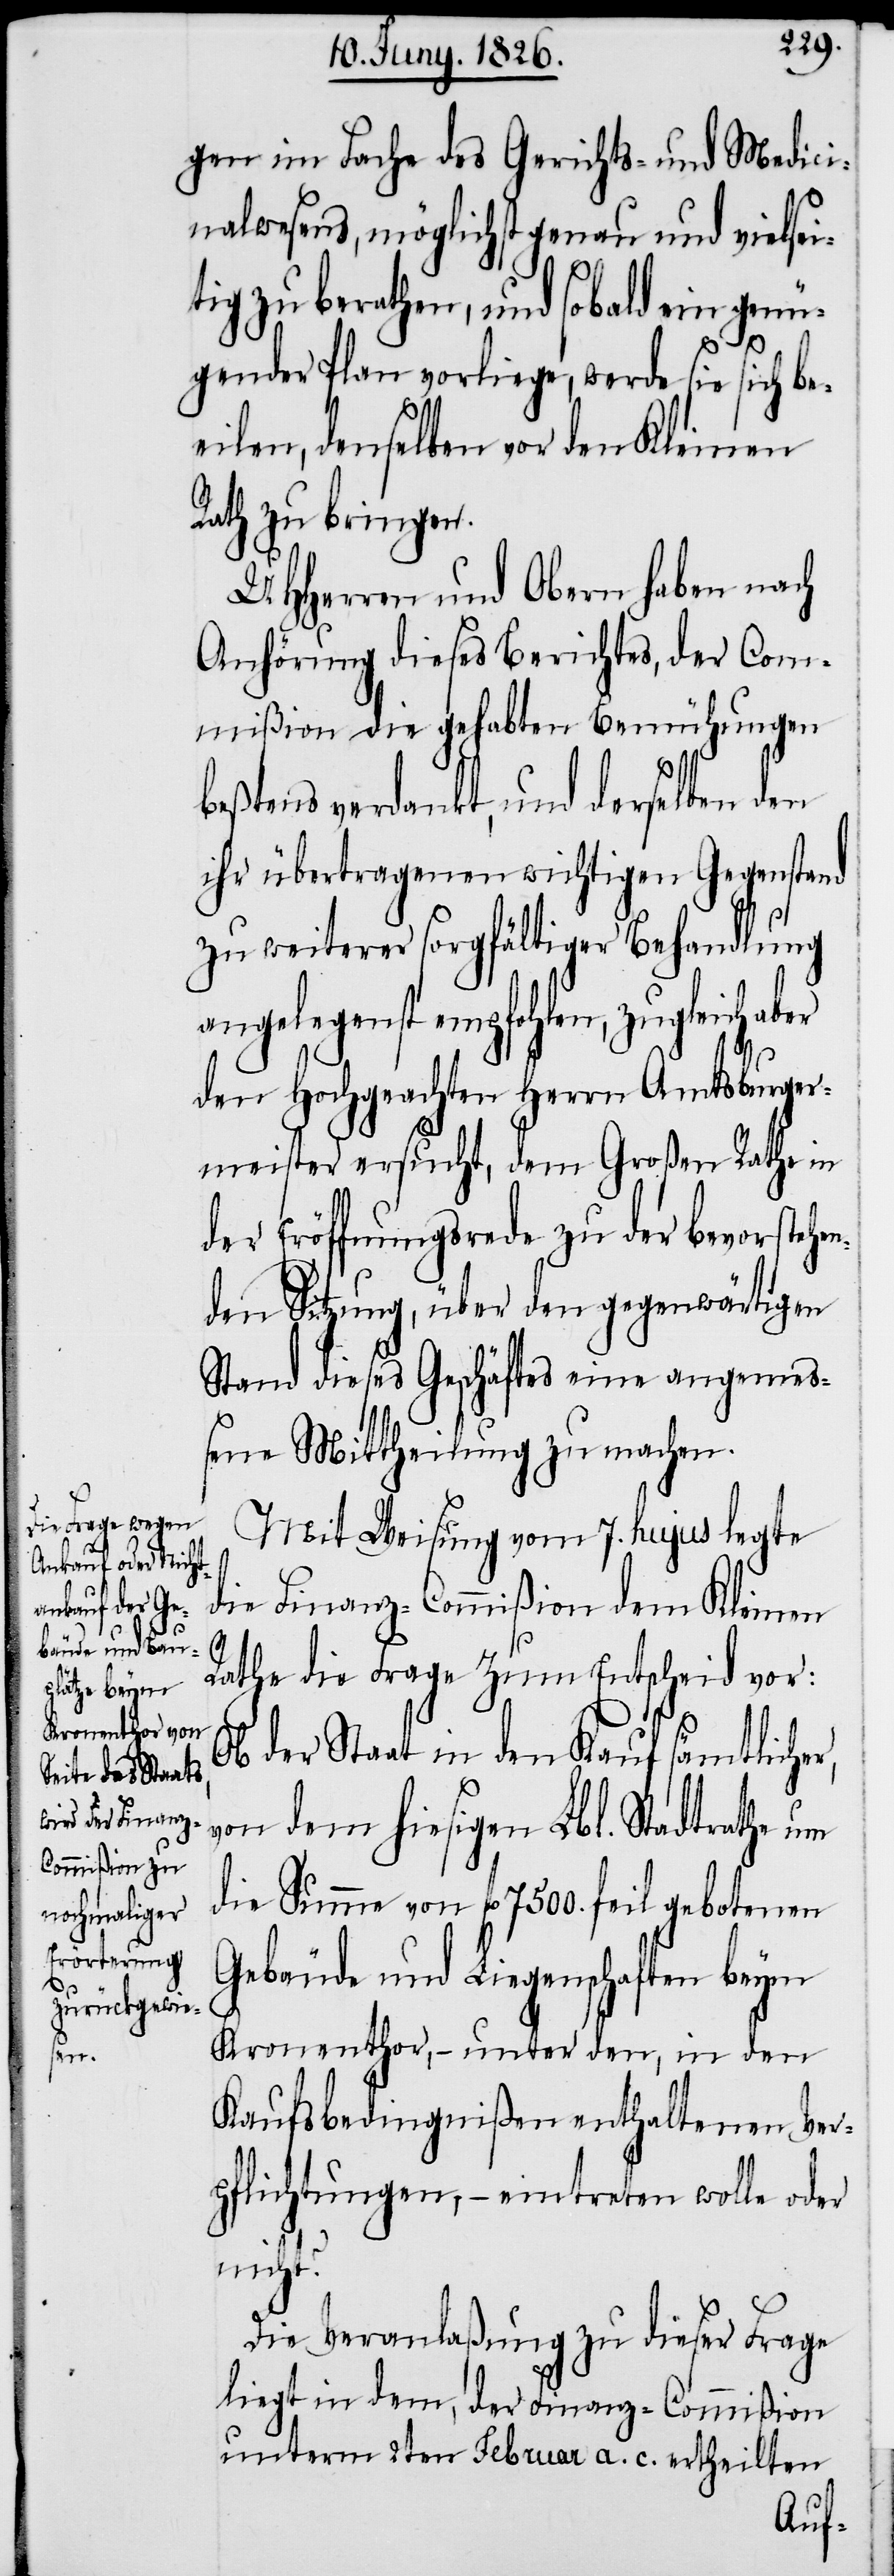
gen im Fache des Gerichts- und Medici¬
nalwesens, möglichst genau und vielsei¬
tig zu berathen, und sobald ein genü¬
gender Plan vorliege, werde sie sich be¬
eilen, denselben vor den Kleinen
Rath zu bringen.
UHHerren und Obern haben nach
Anhörung dieses Berichtes, der Com¬
mißion die gehabten Bemühungen
beßtens verdankt, und derselben den
ihr übertragenen wichtigen Gegenstand
zu weiterer sorgfältiger Behandlung
angelegenst empfohlen, zugleich aber
den Hochgeachten Herrn Amtsburger¬
meister ersucht, dem Großen Rathe in
der Eröffnungsrede zu der bevorstehen¬
den Sitzung, über den gegenwärtigen
Stand dieses Geschäftes eine angemeß¬
ene Mittheilung zu machen.
Mit Weisung vom 7. hujus legte
die Finanz-Commißion dem Kleinen
Rathe die Frage zum Entscheid vor:
Ob der Staat in den Kauf sämtlicher,
von dem hiesigen Lbl. Stadtrathe um
die Summe von fl. 7500. feil gebotenen
Gebäude und Liegenschaften beym
Kronenthor, – unter den, in den
Kaufsbedingnißen enthaltenen Ver¬
pflichtungen, – eintreten wolle oder
nicht?
Die Veranlaßung zu dieser Frage
liegt in dem, der Finanz-Commißion
unterm 2ten Februar a. c. ertheilten